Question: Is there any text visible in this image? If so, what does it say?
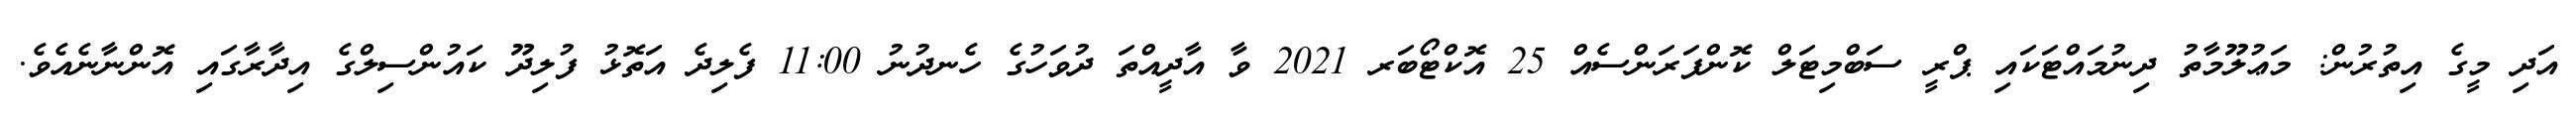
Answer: އަދި މީގެ އިތުރުން: މަޢުލޫމާތު ދިނުމައްޓަކައި ޕްރީ ސަބްމިޓަލް ކޮންފަރަންސެއް 25 އޮކްޓޯބަރ 2021 ވާ އާދީއްތަ ދުވަހުގެ ހެނދުނު 11:00 ފެލިދެ އަތޮޅު ފުލިދޫ ކައުންސިލްގެ އިދާރާގައި އޮންނާނެއެވެ.